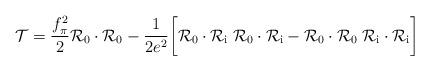
LaTeX: \begin{align*}{\cal T}={f_\pi^2\over 2} {\cal R}_0\cdot{\cal R}_0 -{1\over{2 e^2}}\biggl [{\cal R}_0\cdot{\cal R}_{\mathrm{i}}\;{\cal R}_0\cdot{\cal R}_{\mathrm{i}} -{\cal R}_0\cdot{\cal R}_0\;{\cal R}_{\mathrm{i}}\cdot{\cal R}_{\mathrm{i}}\biggr ]\end{align*}